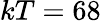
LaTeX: kT=68